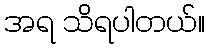
အရ သိရပါတယ်။